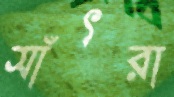
সাঁৎরা